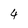
Character: 4